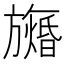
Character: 𬀙